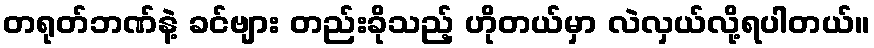
တရုတ်ဘဏ်နဲ့ ခင်ဗျား တည်းခိုသည့် ဟိုတယ်မှာ လဲလှယ်လို့ရပါတယ်။